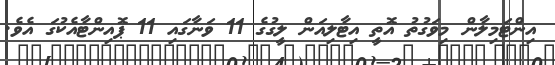
އިންޓަމިލާން މިވަގުތު އޮތީ އިޓާލިއަން ލީގުގެ 11 ވަނާގައި 11 ޕޮއިންޓާއެކުގަ އެވެ.